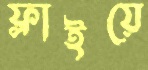
ফ্লাইয়ে